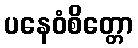
ပနေဝံစိတ္တော